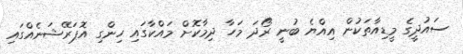
ސައުދީގެ މީޑިއާތަކުން އިއްޔެ ބުނީ ރޯދަ މަހާ ދިމާކޮށް މައްކާގައި ހިންގި އޮޕަރޭޝަނެއްގައި